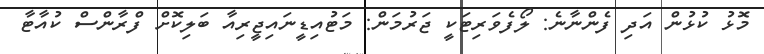
މޮޅު ކުޅުން އަދި ފެންނާނެ: ލޯފެވަރިޓަކީ ޖަރުމަން: މަޓުއިޑީނައިޖީރިއާ ބަލިކޮށް ފްރާންސް ކުއާޓާ